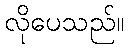
လိုပေသည်။